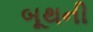
બૂથની